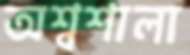
অশ্বশালা